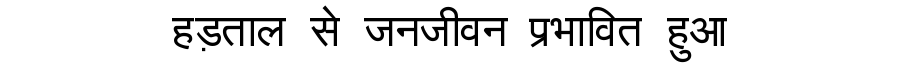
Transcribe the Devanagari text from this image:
हड़ताल से जनजीवन प्रभावित हुआ